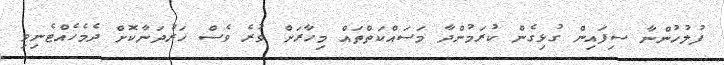
ފުލުހުންނާ ސިފައިން ގުޅިގެން ކުރަމުންދާ މަސައްކަތްތައް މިހާރަށް ވުރެ ވެސް ހަރުދަނާކޮށް ދެމެހެއްޓެނިވި